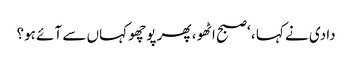
دادی نے کہا ، ‘صبح اٹھو ، پھر پوچھو کہاں سے آئے ہو؟